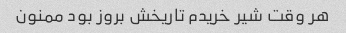
هر وقت شیر خریدم تاریخش بروز بود ممنون